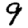
Digit: 9